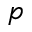
p